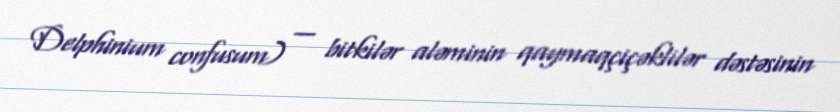
Delphinium confusum) — bitkilər aləminin qaymaqçiçəklilər dəstəsinin